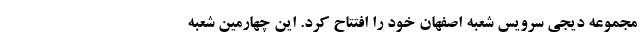
مجموعه دیجی سرویس شعبه اصفهان خود را افتتاح کرد. این چهارمین شعبه